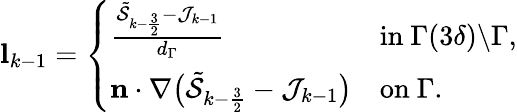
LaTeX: \begin{array}{r}{\mathbf{l}_{k-1}=\left\{ \begin{array}{ll}{\frac{\tilde{\mathcal{S}}_{k-\frac{3}{2}}-\mathcal{J}_{k-1}}{d_{\Gamma}}}&{\mathrm{in~}\Gamma(3\delta)\backslash\Gamma,}\\ {\mathbf{n}\cdot\nabla\big(\tilde{\mathcal{S}}_{k-\frac{3}{2}}-\mathcal{J}_{k-1}\big)}&{\mathrm{on~}\Gamma.}\end{array}\right.}\end{array}